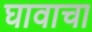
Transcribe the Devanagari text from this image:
घावाचा